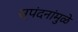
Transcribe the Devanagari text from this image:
स्पंदनांमुळे